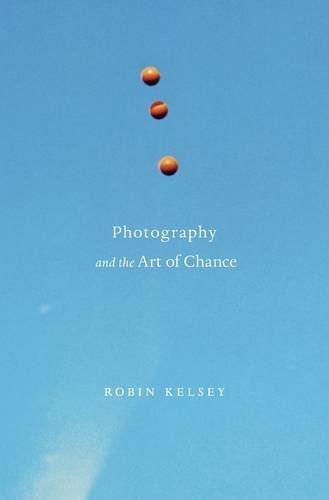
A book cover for Photography and the Art of Chance; Robin Kelsey; Arts & Photography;